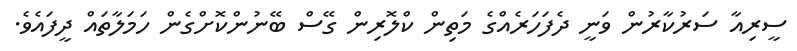
ސީރިއާ ސަރުކާރުން ވަނީ ދެފަހަރެއްގެ މަތިން ކްލޮރިން ގޭސް ބޭނުންކޮށްގެން ހަމަލާތައް ދީފައެވެ.